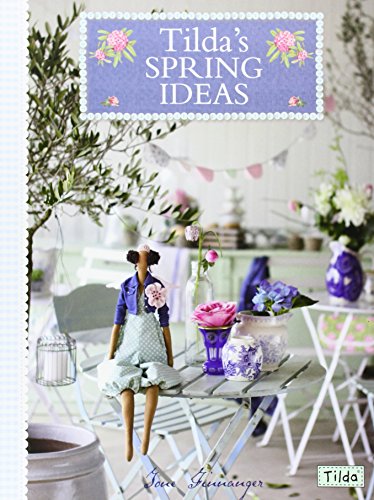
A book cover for Tilda's Spring Ideas; Tone Finnanger; Crafts, Hobbies & Home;